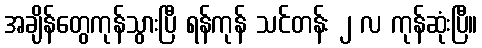
အချိန်တွေကုန်သွားပြီ ရန်ကုန် သင်တန်း ၂ လ ကုန်ဆုံးပြီ။